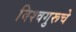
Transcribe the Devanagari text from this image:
विश्वगुरूचे